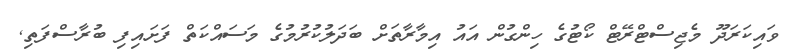
ވައިކަރަދޫ މެޖިސްޓްރޭޓް ކޯޓުގެ ހިންގުން އައު އިމާރާތަށް ބަދަލުކުރުމުގެ މަސައްކަތް ފަށައިފި ބުރާސްފަތި